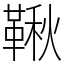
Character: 鞦